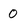
Character: 0